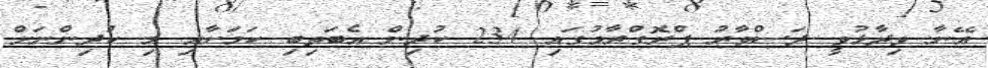
އޭނާ ވިދާޅުވީ ދަސްވާރު ޕްރޮގްރާމުގައި 234 ކުދިން އެބަތިބި ކަމަށާއި މި ކުދިންނަށް